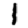
Digit: 1